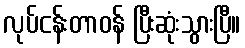
လုပ်ငန်းတာဝန် ပြီးဆုံးသွားပြီ။